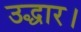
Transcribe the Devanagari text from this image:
उद्धार।